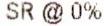
SR @ 0%